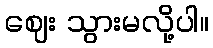
ဈေး သွားမလို့ပါ။